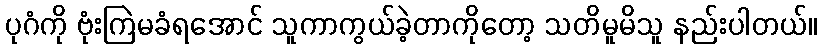
ပုဂံကို ဗုံးကြဲမခံရအောင် သူကာကွယ်ခဲ့တာကိုတော့ သတိမူမိသူ နည်းပါတယ်။